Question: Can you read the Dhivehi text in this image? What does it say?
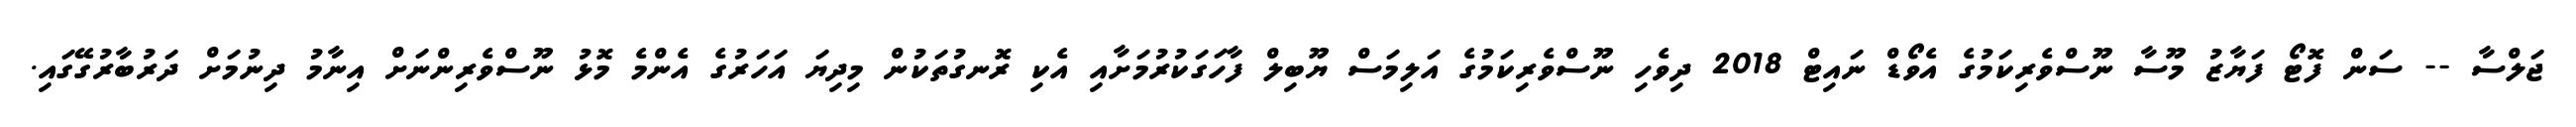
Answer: ޖަލްސާ -- ސަން ފޮޓޯ ފަޔާޒު މޫސާ ނޫސްވެރިކަމުގެ އެވޯޑް ނައިޓް 2018 ދިވެހި ނޫސްވެރިކަމުގެ އަލިމަސް ޔޫބިލް ފާހަގަކުރުމަށާއި އެކި ރޮނގުތަކުން މިދިޔަ އަހަރުގެ އެންމެ މޮޅު ނޫސްވެރިންނަށް އިނާމު ދިނުމަށް ދަރުބާރުގޭގައި.